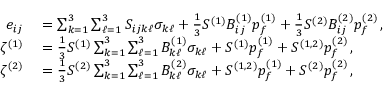
\begin{array} { r l } { e _ { i j } } & { { } = \sum _ { k = 1 } ^ { 3 } \sum _ { \ell = 1 } ^ { 3 } S _ { i j k \ell } \sigma _ { k \ell } + \frac { 1 } { 3 } S ^ { ( 1 ) } B _ { i j } ^ { ( 1 ) } p _ { f } ^ { ( 1 ) } + \frac { 1 } { 3 } S ^ { ( 2 ) } B _ { i j } ^ { ( 2 ) } p _ { f } ^ { ( 2 ) } \, , } \\ { \zeta ^ { ( 1 ) } } & { { } = \frac { 1 } { 3 } S ^ { ( 1 ) } \sum _ { k = 1 } ^ { 3 } \sum _ { \ell = 1 } ^ { 3 } B _ { k \ell } ^ { ( 1 ) } \sigma _ { k \ell } + S ^ { ( 1 ) } p _ { f } ^ { ( 1 ) } + S ^ { ( 1 , 2 ) } p _ { f } ^ { ( 2 ) } \, , } \\ { \zeta ^ { ( 2 ) } } & { { } = \frac { 1 } { 3 } S ^ { ( 2 ) } \sum _ { k = 1 } ^ { 3 } \sum _ { \ell = 1 } ^ { 3 } B _ { k \ell } ^ { ( 2 ) } \sigma _ { k \ell } + S ^ { ( 1 , 2 ) } p _ { f } ^ { ( 1 ) } + S ^ { ( 2 ) } p _ { f } ^ { ( 2 ) } \, , } \end{array}